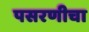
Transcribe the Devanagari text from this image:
पसरणीचा